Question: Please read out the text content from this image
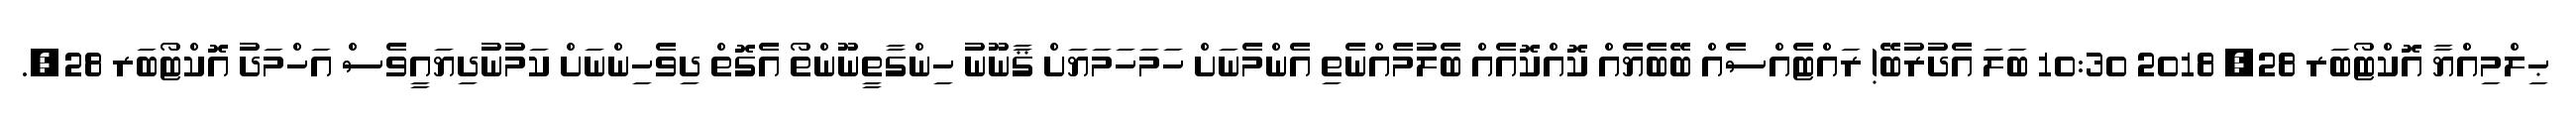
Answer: ޙިލްމިއްޔާ އޮކްޓޯބަރ 28, 2018 10:30 ބަލަ އެދުރުބޭ! ރައްޓެއްސެއް ބޭބެޔެއް ކޮއްކޮއެއް ބެލުމެއްނެތި އެންމެނަށް ހަމަހަމަޔަށް ޤާނޫނު ހިންގާތީނޫންތޯ އެގޮތް ދިވެހިންނަށް ކަމުނުދިޔައީވެސް އަހްމަދު އޮކްޓޯބަރ 28,.